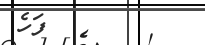
٥         ފަހެ